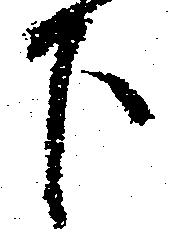
下